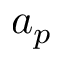
a _ { p }